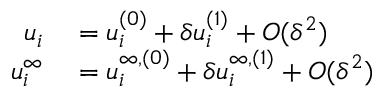
\begin{array} { r l } { u _ { i } } & { { } = u _ { i } ^ { ( 0 ) } + \delta u _ { i } ^ { ( 1 ) } + O ( \delta ^ { 2 } ) } \\ { u _ { i } ^ { \infty } } & { { } = u _ { i } ^ { \infty , ( 0 ) } + \delta u _ { i } ^ { \infty , ( 1 ) } + O ( \delta ^ { 2 } ) } \end{array}